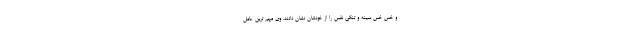
و خس خس سینه و تنگی نفس را از خودشان نشان دادند. وی مهم ترین عامل